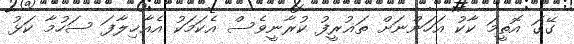
ގޭގަ އޮތީމަ ކާކު އަހަންނަށް ތަޣުރީފު ކުރާނީވެސް އެކަމަކު އެއާޚިލާފަ ސަހުމާ ކަޅު